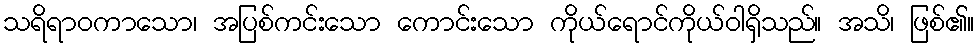
သရိရာဝကာသော၊ အပြစ်ကင်းသော ကောင်းသော ကိုယ်ရောင်ကိုယ်ဝါရှိသည်။ အသိ၊ ဖြစ်၏။